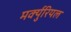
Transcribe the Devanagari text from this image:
मर्क्युरियल